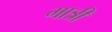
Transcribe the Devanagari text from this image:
गात्री